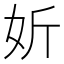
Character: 妡